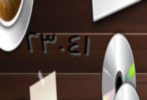
٢٣٠٤١